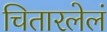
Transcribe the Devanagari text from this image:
चितारलेलं